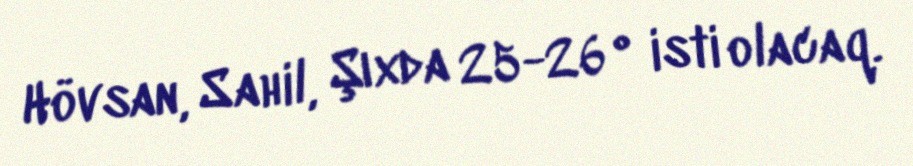
Hövsan, Sahil, Şıxda 25-26° isti olacaq.